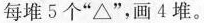
每堆5个”△”，画4堆。